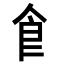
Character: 𩙿